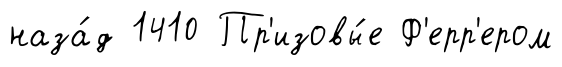
наза́д 1410 Пр'изовы́е Ф'ерр'ером